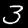
Digit: 3